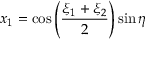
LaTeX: x _ { 1 } = \cos \left( { \frac { \xi _ { 1 } + \xi _ { 2 } } { 2 } } \right) \sin \eta